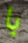
با